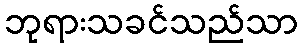
ဘုရားသခင်သည်သာ